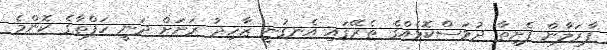
ފާރަލާން ފެށިތާ ދުވަސްކޮޅެއްގެ ތެރޭގައި އެނގުނީ ޒާހިދު ރަށަށް ދަނީ ހަފްތާގެ ކޮންމެ